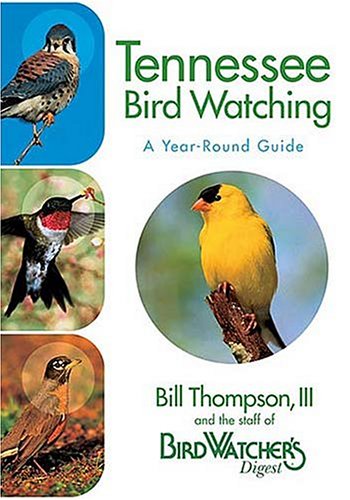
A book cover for Tennessee Bird Watching: A Year-Round Guide; Bill Thompson III; Travel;